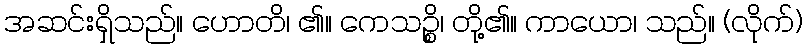
အဆင်းရှိသည်။ ဟောတိ၊ ၏။ ကေသဉ္စိ၊ တို့၏။ ကာယော၊ သည်။ (လိုက်)